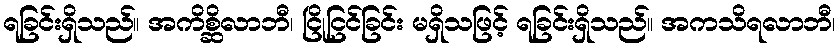
ရခြင်းရှိသည်။ အကိစ္ဆိလာဘီ၊ ငြိုငြင်ခြင်း မရှိသဖြင့် ရခြင်းရှိသည်။ အကသိရလာဘီ၊